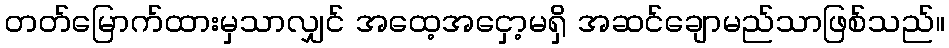
တတ်မြောက်ထားမှသာလျှင် အထေ့အငှော့မရှိ အဆင်ချောမည်သာဖြစ်သည်။